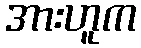
အားဟူက